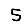
Digit: 5